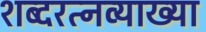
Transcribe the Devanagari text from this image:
शब्दरत्नव्याख्या